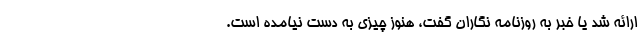
ارائه شد یا خبر به روزنامه نگاران گفت، هنوز چیزی به دست نیامده است.